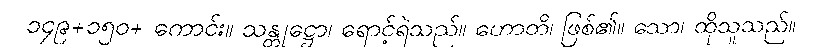
၁၄၉+၁၅၀+ ကောင်း။ သန္တုဋ္ဌော၊ ရောင့်ရဲသည်။ ဟောတိ၊ ဖြစ်၏။ သော၊ ထိုသူသည်။